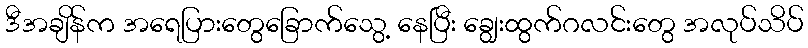
ဒီအချိန်က အရေပြားတွေခြောက်သွေ့ နေပြီး ချွေးထွက်ဂလင်းတွေ အလုပ်သိပ်